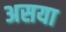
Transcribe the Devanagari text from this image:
असया